Indian Medical Review
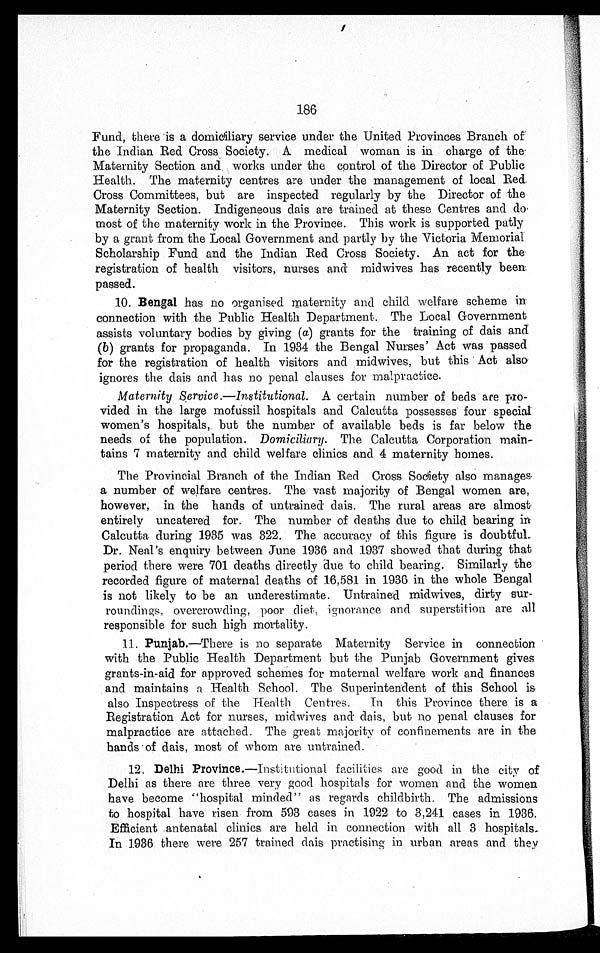
186
Fund, there is a domiciliary service under the United Provinces Branch of
the Indian Red Cross Society. A medical woman is in charge of the
Maternity Section and works under the control of the Director of Public
Health. The maternity centres are under the management of local Red.
Cross Committees, but are inspected regularly by the Director of the
Maternity Section. Indigeneous dais are trained at these Centres and do
most of the maternity work in the Province. This work is supported patly
by a grant from the Local Government and partly by the Victoria Memorial
Scholarship Fund and the Indian Red Cross Society. An act for the
registration of health visitors, nurses and midwives has recently been
passed.
10. Bengal has no organised maternity and child welfare scheme in
connection with the Public Health Department. The Local Government
assists voluntary bodies by giving (a ) grants for the training of dais and
( b ) grants for propaganda. In 1934 the Bengal Nurses' Act was passed
for the registration of health visitors and midwives, but this Act also
ignores the dais and has no penal clauses for malpractice.
Maternity Service. —Institutional. A certain number of beds are pro-
vided in the large mofussil hospitals and Calcutta possesses four special
women's hospitals, but the number of available beds is far below the
needs of the population. Domiciliary. The Calcutta Corporation main-
tains 7 maternity and child welfare clinics and 4 maternity homes.
The Provincial Branch of the Indian Red Cross Society also manages
a number of welfare centres. The vast majority of Bengal women are,
however, in the hands of untrained dais. The rural areas are almost
entirely uncatered for. The number of deaths due to child bearing in
Calcutta during 1935 was 322. The accuracy of this figure is doubtful.
Dr. Neal's enquiry between June 1936 and 1937 showed that during that
period there were 701 deaths directly due to child bearing. Similarly the
recorded figure of maternal deaths of 16,581 in 1936 in the whole Bengal
is not likely to be an underestimate. Untrained midwives, dirty sur
-
roundings, overcrowding, poor diet, ignorance and superstition are all
responsible for such high mortality.
11. Punjab.—There is no separate Maternity Service in connection
with the Public Health Department but the Punjab Government gives
grants-in-aid for approved schemes for maternal welfare work and finances
and maintains a Health School. The Superintendent of this School is
also Inspectress of the Health Centres. In this Province there is a
Registration Act for nurses, midwives and dais, but no penal clauses for
malpractice are attached. The great majority of confinements are in the
hands of dais, most of whom are untrained.
12. Delhi Province. —Institutional facilities are good in the city of
Delhi as there are three very good hospitals for women and the women
have become "hospital minded" as regards childbirth. The admissions
to hospital have risen from 593 cases in 1922 to 3,241 cases in 1936.
Efficient antenatal clinics are held in connection with all 3 hospitals.
In 1936 there were 257 trained dais practising in urban areas and they